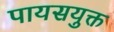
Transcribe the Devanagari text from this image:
पायसयुक्त